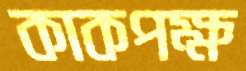
কাকপক্ষ